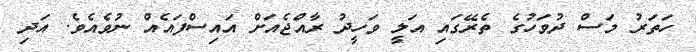
ހަތަރު މަސް ދުވަހުގެ ތެރޭގައި އަލީ ވަހީދު ރާއްޖެއަށް އައިސްފައެއް ނުވެއެވެ. އަދި